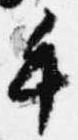
手